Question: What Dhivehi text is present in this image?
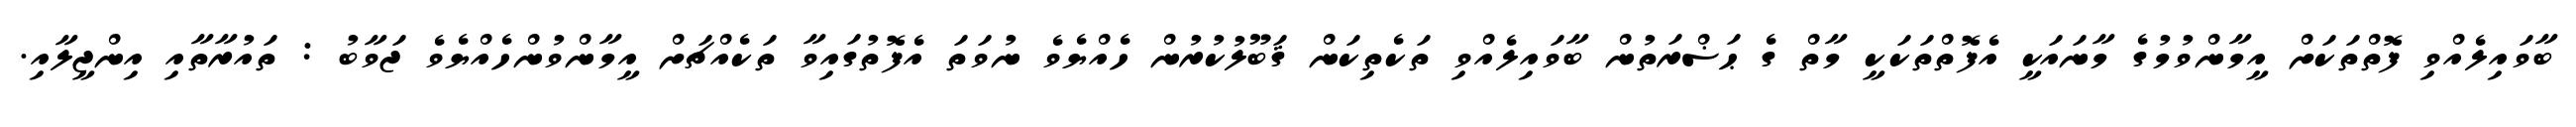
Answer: ބާވައިލެއްވި ފޮތްތަކަށް އީމާންވުމުގެ މާނައަކީ އެފޮތްތަކަކީ މާތް ގެ ޙަޟްރަތުން ބާވައިލެއްވި ތަކެތިކަން ޤަބޫލުކުރުން ހެއްޔެވެ ނުވަތަ އެފޮތުގައިވާ ތަކެއްޗަށް އީމާންވުންހެއްޔެވެ ޖަވާބު : ތައުރާތާއި އިންޖީލާއި.